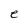
Character: e